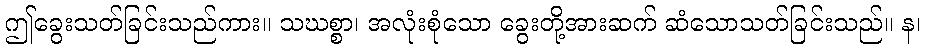
ဤခွေးသတ်ခြင်းသည်ကား။ သဃစ္စာ၊ အလုံးစုံသော ခွေးတို့အားဆက် ဆံသောသတ်ခြင်းသည်။ န၊